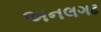
અનલગઢ